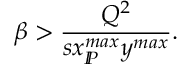
\beta > \frac { Q ^ { 2 } } { s x _ { I \! \! P } ^ { m a x } y ^ { m a x } } .